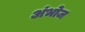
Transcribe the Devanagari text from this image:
अंभोज